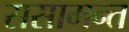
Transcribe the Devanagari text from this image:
ससामन्त